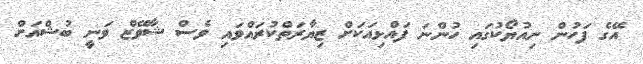
އޭގެ ފަހުން ނިއުޔޯކުގައި ހުންނަ ފައްޅިއަކަށް ޒިޔާރަތްކުރައްވައި ވެސް ޝާވޭޒް ވަނީ ބުޝްއަށް